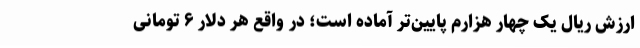
ارزش ریال یک چهار هزارم پایین‌تر آماده است؛ در واقع هر دلار ۶ تومانی